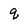
Character: q